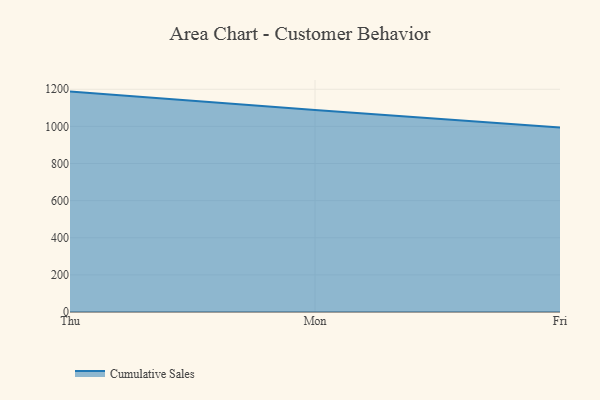
{"axis": {"x": "Day", "y": "Population (Million)"}, "legend": ["Cumulative Sales"], "data": [{"x": "Thu", "y": 1187.4, "type": "Cumulative Sales"}, {"x": "Mon", "y": 1087.6, "type": "Cumulative Sales"}, {"x": "Fri", "y": 994.0, "type": "Cumulative Sales"}]}